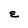
Character: E